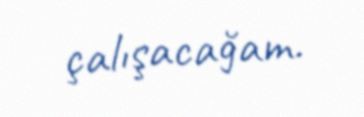
çalışacağam.